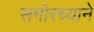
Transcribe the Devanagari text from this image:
समोरच्याने